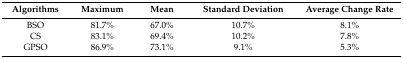
| Algorithms | Maximum | Mean | Standard Deviation | Average Change Rate |
 | --- | --- | --- | --- | --- |
 | BSO | 81.7% | 67.0% | 10.7% | 8.1% |
 | CS | 83.1% | 69.4% | 10.2% | 7.8% |
 | GPSO | 86.9% | 73.1% | 9.1% | 5.3% |